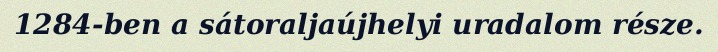
1284-ben a sátoraljaújhelyi uradalom része.